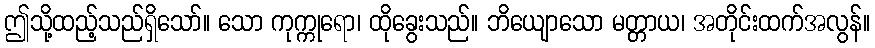
ဤသို့ထည့်သည်ရှိသော်။ သော ကုက္ကုရော၊ ထိုခွေးသည်။ ဘိယျောသော မတ္တာယ၊ အတိုင်းထက်အလွန်။